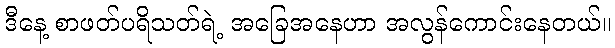
ဒီနေ့ စာဖတ်ပရိသတ်ရဲ့ အခြေအနေဟာ အလွန်ကောင်းနေတယ်။